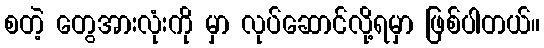
စတဲ့ တွေအားလုံးကို မှာ လုပ်ဆောင်လို့ရမှာ ဖြစ်ပါတယ်။